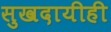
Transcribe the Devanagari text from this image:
सुखदायीही